Statistical return of the lunatic asylum in Assam - 1912-1932
Year: 1912
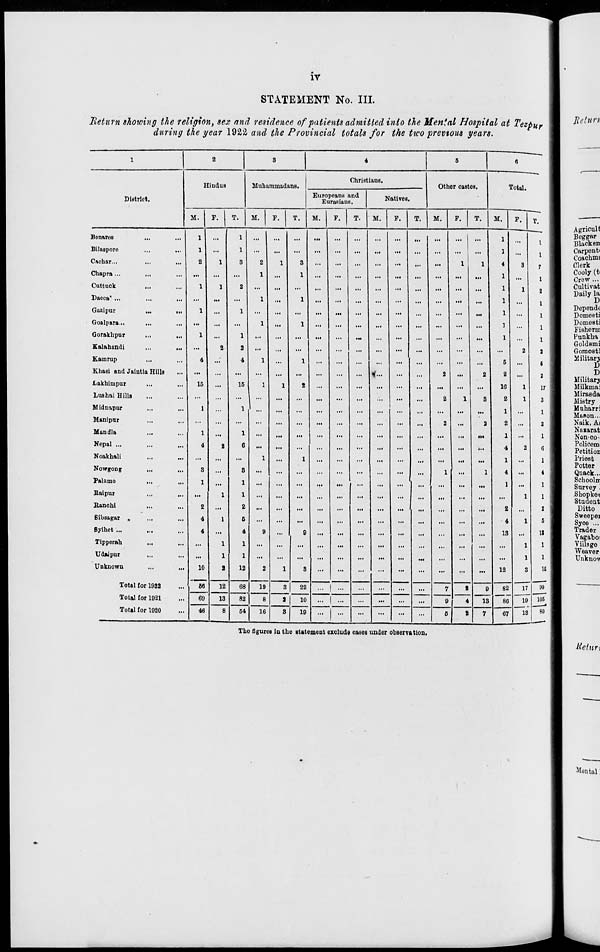
IV
STATEMENT No. III.
Ixeturn showing the religion, sex and residence of patients admitted into the Mental Hospital at Tezpur
during the year 1922 and the Provincial totals for the tivo previous years.
1
2
.
|
6
6
Christians.
Hindus
Muhnmmadans.
Other castes.
Tnt.il.
■
District.
Europeans and
Eurasians.
Natives.
M.
F.
T.
M.
F.
T.
M.
F.
T.
M.
F.
T.
M.
F.
T.
M.
F.
T.
1
1
1
1
1
1
Agricull
Beggar
Benares
...
..,
1
1
1
I
1
Blacken
nilaspnro
1
...
1
...
•••
...
...
...
...
...
...
...
...
...
—
1
...
1
1
Carponti
Coachmt
Clerk
Cachar...
2
1
3
2
1
3
...
...
...
1
1
4
3
7
1
Chapra ...
...
...
...
1
...
1
...
...
...
...
...
...
...
...
...
1
1
1
Cooly (fc
Crow-...
Cuttuck
...
1
1
2
1
1
Cultivat
2
1
Daily la
Dacca' ...
...
1
1
...
1
1
1
1
1
D
Gazipur
...
,.,
1
...
1
...
...
...
■•«
...
...
•••
1
Depondc
Domesti
Goalpara...
...
...
...
1
...
1
...
...
...
...
...
...
...
...
...
1
...
1
I
DomeBti
Fisherm
Gorakhpur
1
...
1
...
...
...
...
...
...
...
...
...
...
...
...
1
...
1
I
Funkha
Goldsmi
Kalahandi
,.,
...
...
2
2
...
...
...
...
...
...
...
...
...
...
...
...
2
1 1 Gomost!
Kainrup
4
...
4
1
...
1
...
...
...
...
...
6
...
6
I
Military
D
Khasi and Jaintia Hills
...
...
...
...
...
...
...
...
<•..
...
...
2
...
2
2
...
2
i
D
Military
Lakhimpur
15
...
16
1
1
8
...
16
1
17 1 1 Milkmai
Lushai Hills
...
...
...
...
...
...
...
...
...
...
2
1
3
2
1
3
I
Miranda
Mistry
Midnapur
...
...
1
...
1
...
...
...
...
...
...
...
...
...
...
...
1
...
1 1
Muharri
Mason...
Manipnr
...
...
...
...
...
...
...
...
...
...
...
2
...
2
2
...
2
1
Naik, Ai
Na s ar at
Mandla
...
1
...
1
...
...
...
...
...
...
...
...
...
...
• !•
1
...
1 I
Non-oo-
Nepal ...
4
2
6
...
...
...
...
...
...
...
...
...
...
...
...
4
2
6 1 1
Policem;
i
Petition
Noakhali
...
...
...
1
...
1
...
...
...
...
...
...
...
...
...
1
...
1
I
Priest
!
Potter
Nowgong
...
3
...
3
...
...
...
...
...
1
...
1
4
...
i I 1
Quack..,
Palarno
...
1
...
1
...
...
...
...
...
...
...
...
...
• ••
1
...
1 I
Schooln
Survey ' .
Baipur
...
1
1
...
...
...
...
...
...
...
...
...
...
...
...
...
1
1 1 I
Shopket
Student
Ranchi
2
2
...
2
2 1
Ditto
Bibsagar «
4
1
6
...
4
1
5 1
Sweepei
Syoe ...
Bylhet ...
4
...
4
9
...
9
...
...
...
...
...
...
...
...
...
13
...
U
Trader
Vagaboi
Tipperah
...
1
1
...
...
...
...
...
...
...
...
...
...
...
... ! ...
1
1 1
Village
Weaver
TJdaipur
...
1
1
...
...
...
...
...
...
...
...
...
...
...
...
...
1
1 1
Unknov.
Unknown
...
...
10
2
12
2
1
3
...
...
...
...
...
...
...
...
...
12
3
is II
Total for 1922
66
12
68
19
3
22
... | ...
...
...
...
...
7
8
9
82
17
99 1
Total for 1921
69
13
82
8
a
10
... | ...
...
...
...
...
9
4
13
86
19 105 1
Total for 1920
46
8
64
16
3
19
...
...
...
...
...
...
6
8
7
67
13
80 1
The figures in the statement exclude cases under observation.
■Itctni